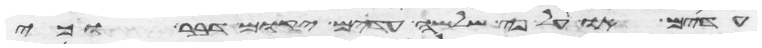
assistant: עדים או על פי שלשה עדים יקום דבר וכי